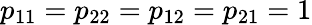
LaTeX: p_{11}=p_{22}=p_{12}=p_{21}=1